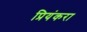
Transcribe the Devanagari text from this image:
प्रियंकरा